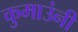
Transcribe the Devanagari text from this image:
कुमाउंनी